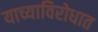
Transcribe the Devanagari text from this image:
याच्याविरोधात